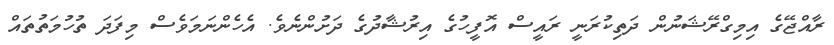
ރާއްޖޭގެ އިމިގްރޭޝަނުން ދަތިކުރަނީ ރައީސް އޮފީހުގެ އިރުޝާދުގެ ދަށުންނެވެ. އެހެންނަމަވެސް މިފަދަ ތުހުމަތުތައް